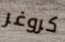
كروغر